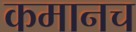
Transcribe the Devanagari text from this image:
कमानच